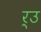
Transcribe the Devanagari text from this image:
र्उ